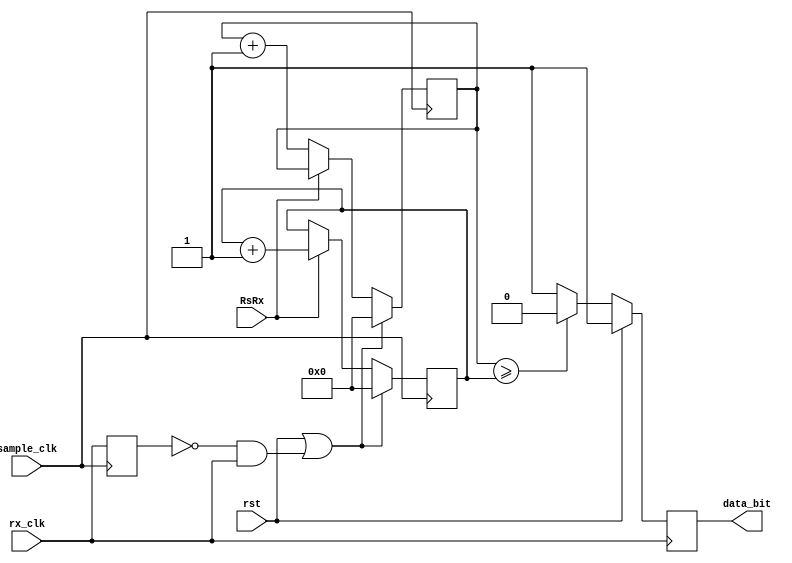
module receiver_sampler(
	input rst,
	input sample_clk,
	input rx_clk,
	input RsRx,
	output reg data_bit = 1'b1
   );

	reg [3:0] zero_counter;
	reg [3:0] one_counter;
	reg prev_rx_clk;
	
	wire rx_clk_rising;
	
	assign rx_clk_rising = (prev_rx_clk == 0 && rx_clk == 1);

always@(posedge sample_clk)
	begin
		prev_rx_clk <= rx_clk;
		
		if (rst || rx_clk_rising)
			begin
			zero_counter <= 4'd0;
			one_counter <= 4'd0;
			end
		else if (RsRx == 1'b1)
			one_counter <= one_counter + 1'b1;
		else
			zero_counter <= zero_counter + 1'b1;
	end
	
always@(posedge rx_clk)
	begin
		if(rst)
			data_bit <= 1'b1;
		else if(zero_counter >= one_counter)
			data_bit <= 1'b0;
		else
			data_bit <= 1'b1;	
	end

endmodule